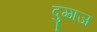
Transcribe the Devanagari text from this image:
दुग्गज